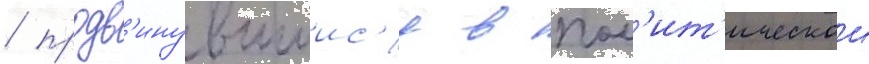
/ продв'инувшиис'я в пол'ит'ическои